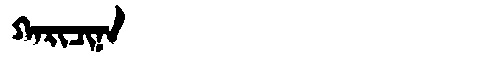
Manchu: ᡴᠠᡵᡳᠴᡳᠨᠠ
Romanization: KARICINA